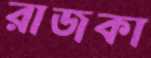
রাজকা